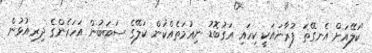
"ކަލޭއަށް އެނގޭތަ ފުރާނައަކީ ކިހައި އަގުބޮޑު ނިޢުމަތެއްކަން ކަލޭގެ ސަބަބުން އަހަރެންގެ ދިރިއުޅުން